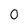
Character: 0